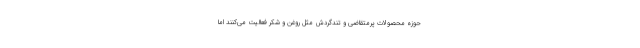
حوزه محصولات پرمتقاضی و تندگردش مثل روغن و شکر فعالیت می‌کنند اما